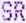
SR